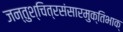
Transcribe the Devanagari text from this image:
जन्तुश्चित्रसंसारमुक्तिभाक्